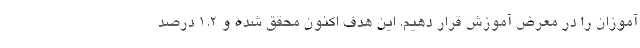
آموزان را در معرض آموزش قرار دهیم. این هدف اکنون محقق شده و ۱.۲ درصد